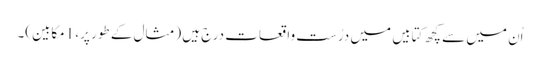
اُن میں سے کچھ کتابیں میں درُست واقعات درج ہیں (مثال کے طور پر، 1مکابین)۔